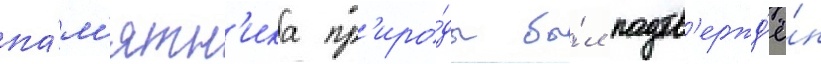
па́м'ятн'ика пр'иро́ды бы́л подтв'ержд'ё́н